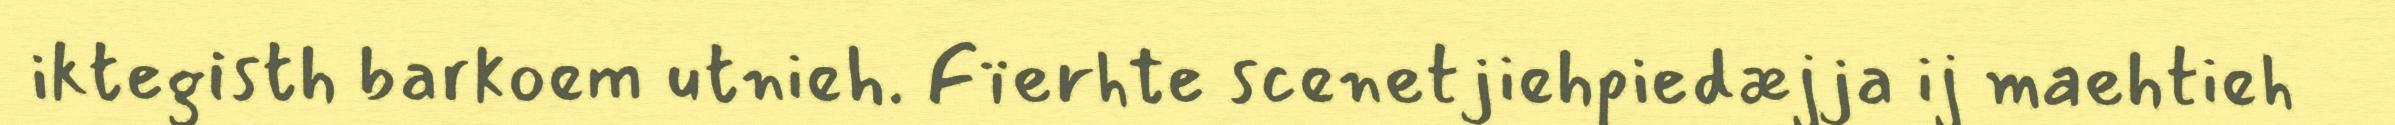
iktegisth barkoem utnieh. Fïerhte scenetjiehpiedæjja ij maehtieh